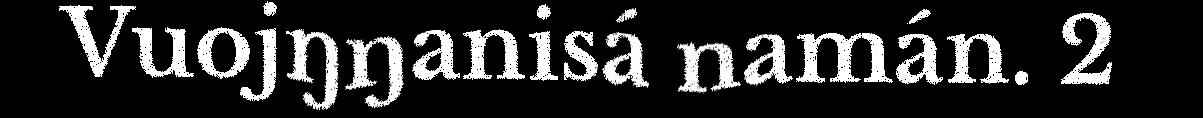
Vuojŋŋanisá namán. 2